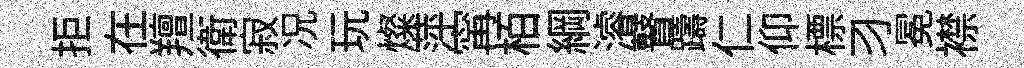
拒在羶衛寂况玩燦萍𡩋栢綱濬瞽躊仁仰標习冕襟